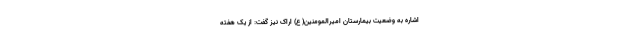
اشاره به وضعیت بیمارستان امیرالمومنین( ع) اراک نیز گفت: از یک هفته